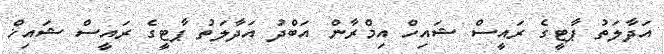
އަދާލަތު ޕާޓީގެ ރައީސް ޝައިހް އިމްރާން އަބްދު އަދާލަތު ޕާޓީގެ ރައީސް ޝައިޚް